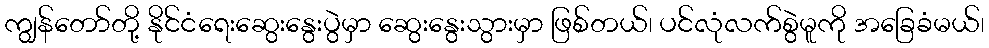
ကျွန်တော်တို့ နိုင်ငံရေးဆွေးနွေးပွဲမှာ ဆွေးနွေးသွားမှာ ဖြစ်တယ်၊ ပင်လုံလက်စွဲမူကို အခြေခံမယ်၊